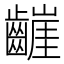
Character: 𮯒